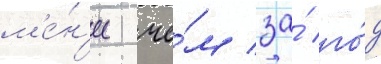
м'е́н'ее че́м за́ го́д